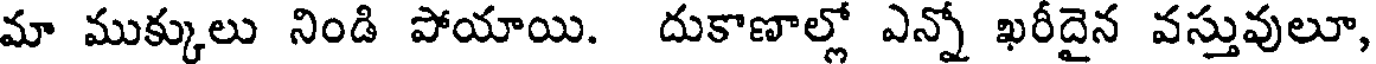
మా ముక్కులు నిండి పోయాయి. దుకాణాల్లో ఎన్నో ఖరీదైన వస్తువులూ,